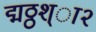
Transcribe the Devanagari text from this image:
द्मठ्ठश्ा२